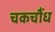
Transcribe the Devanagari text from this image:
चकचौंध